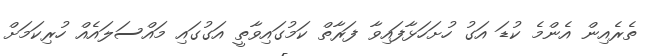
ތެރެއިން އެންމެ ކުޑަ އަގު ހުށަހަޅާފައިވާ ފަރާތް ކަމުގައިވާތީ އަގުގައި މައްސަލައެއް ހުރިކަމަށް